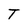
Character: T